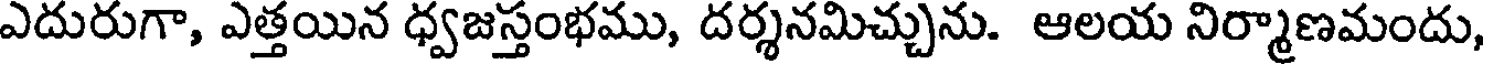
ఎదురుగా, ఎత్తయిన ధ్వజస్తంభము, దర్శనమిచ్చును. ఆలయ నిర్మాణమందు,